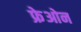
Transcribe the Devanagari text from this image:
फ्रेओन